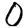
Digit: 0